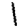
Digit: 1